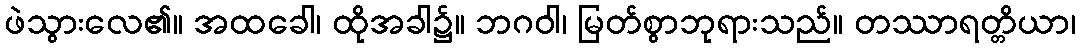
ဖဲသွားလေ၏။ အထခေါ၊ ထိုအခါ၌။ ဘဂဝါ၊ မြတ်စွာဘုရားသည်။ တဿာရတ္တိယာ၊